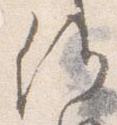
候